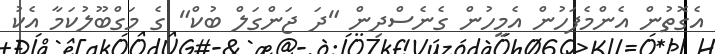
އެގޮތުން އެންމެފަހުން އެމީހުން ގެނެސްދިން "ދަ ޖަންގަލް ބުކް" ގެ މަގްބޫލުކަމާ އެކު